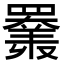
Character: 𦌩